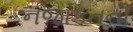
નજાકતની